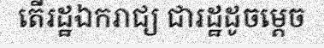
តើរដ្ឋឯករាជ្យ ជារដ្ឋដូចម្តេច